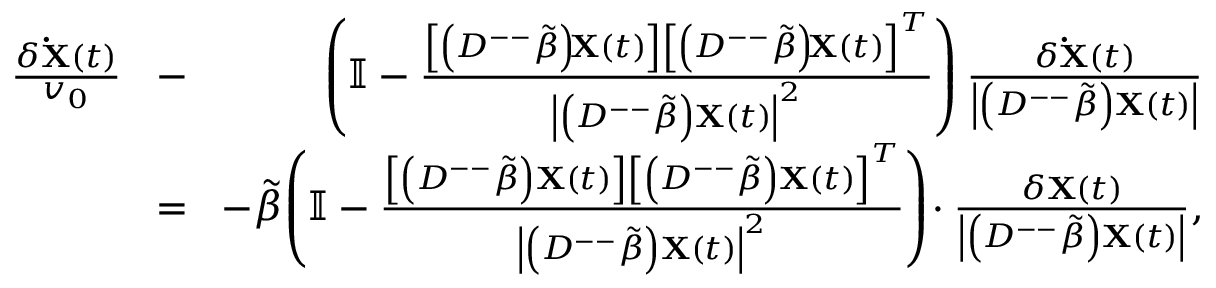
\begin{array} { r l r } { \frac { \delta \mathbf { \dot { X } } ( t ) } { v _ { 0 } } \! } & { - } & { \! \left( \mathbb { I } - \frac { \left[ \left( D ^ { -- } \tilde { \beta } \right) \! \mathbf { X } ( t ) \right] \left[ \left( D ^ { -- } \tilde { \beta } \right) \! \mathbf { X } ( t ) \right] ^ { T } } { \left| \left( D ^ { -- } \tilde { \beta } \right) \mathbf { X } ( t ) \right| ^ { 2 } } \right) \frac { \delta \mathbf { \dot { X } } ( t ) } { \left| \left( D ^ { -- } \tilde { \beta } \right) \mathbf { X } ( t ) \right| } } \\ { \! } & { = } & { \! - \tilde { \beta } \! \left( \mathbb { I } - \frac { \left[ \left( D ^ { -- } \tilde { \beta } \right) \mathbf { X } ( t ) \right] \left[ \left( D ^ { -- } \tilde { \beta } \right) \mathbf { X } ( t ) \right] ^ { T } } { \left| \left( D ^ { -- } \tilde { \beta } \right) \mathbf { X } ( t ) \right| ^ { 2 } } \right) \! \cdot \frac { \delta \mathbf { X } ( t ) } { \left| \left( D ^ { -- } \tilde { \beta } \right) \mathbf { X } ( t ) \right| } , } \end{array}